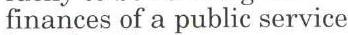
finances of a public service